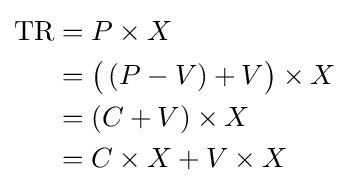
{\begin{aligned}{\text{TR}}&=P\times X\\&={\bigl (}\left(P-V\right)+V{\bigr )}\times X\\&=\left(C+V\right)\times X\\&=C\times X+V\times X\end{aligned}}